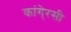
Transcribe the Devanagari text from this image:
कांगे्रसी